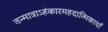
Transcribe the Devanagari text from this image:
तन्मात्राऽहंकारमहदात्मिकायाँ